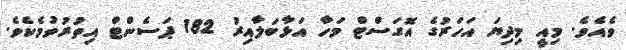
ވެއެވެ. މިއީ މިދިޔަ އަހަރުގެ އޮގަސްޓް މަހާ އަޅާބަލާއިރު 182 ޕަސެންޓް އިތުރުވުމެކެވެ.